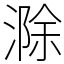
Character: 滁